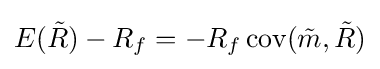
E({\tilde {R}})-R_{f}=-R_{f}\operatorname {cov} ({\tilde {m}},{\tilde {R}})